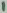
Text: 1